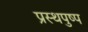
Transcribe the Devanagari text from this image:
प्रस्थपुष्प